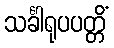
သင်္ခါရုပပတ္တိံ